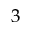
3